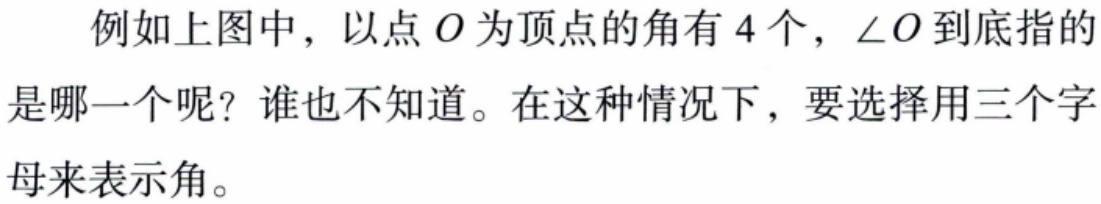
例如上图中，以点\(O\)为顶点的角有\(4\)个，\(\angle O\)到底指的是哪一个呢？谁也不知道。在这种情况下，要选择用三个字母来表示角。